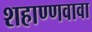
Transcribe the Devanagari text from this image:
शहाण्णवावा